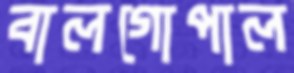
বালগোপাল